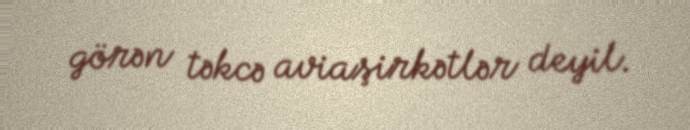
görən təkcə aviaşirkətlər deyil.